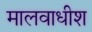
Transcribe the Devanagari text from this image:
मालवाधीश